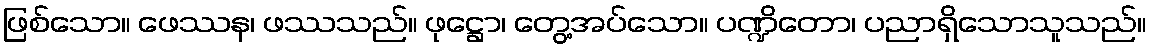
ဖြစ်သော။ ဖေဿန၊ ဖဿသည်။ ဖုဋ္ဌော၊ တွေ့အပ်သော။ ပဏ္ဍိတော၊ ပညာရှိသောသူသည်။